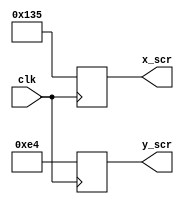
//////////////////////////////////////////////////////////////////////////////////
// Company: Ridotech
// 
// Module Name: dinamic
// Description: Dynamic of numbers.
//
// Dependencies: 
//
// Revision: 
// Revision 0.01 - File Created
//
// Additional Comments: 
//
//////////////////////////////////////////////////////////////////////////////////
module dynamic (
                input wire        clk,        // System clock.
                output reg [9:0]  x_scr,      // X position on screen.
                output reg [9:0]  y_scr       // Y position on screen.
               );

    // Dimensions.
    localparam width_scr     = 640;
    localparam height_scr    = 480;
    localparam width_number  = 21;
    localparam height_number = 23;
    
    // Update de x,y screen position.
    always @ (posedge clk)
    begin
        // First, lock position in center.
        x_scr <= (width_scr - width_number)/2;
        y_scr <= (height_scr - height_number)/2;
    end
endmodule